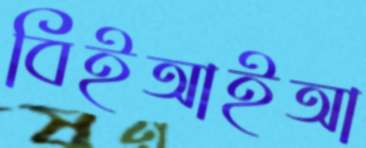
বিইআইআ